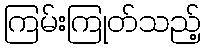
ကြမ်းကြုတ်သည့်